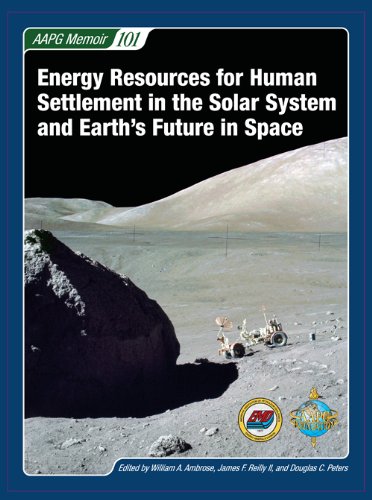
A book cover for Energy Resources for Human Settlement in the Solar System and Earth's Future in Space (Aapg Memoir); William A. Ambrose; Science & Math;